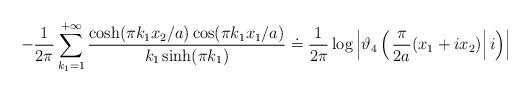
LaTeX: \begin{align*}-\dfrac{1}{2\pi}\sum_{k_{1}=1}^{+\infty}\dfrac{\cosh(\pi k_{1}x_{2}/a)\cos (\pi k_{1}x_{1}/a)}{k_{1}\sinh (\pi k_{1})}\doteq\dfrac{1}{2\pi} \log \left| \vartheta_{4}\left( \left. \frac{\pi}{2a}(x_{1}+ix_{2}) \right| i \right)\right|\end{align*}